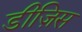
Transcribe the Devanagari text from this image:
डीज़िस